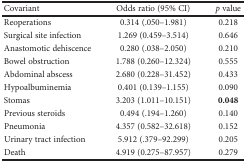
| Covariant | Odds ratio (95% CI) | p value |
 | --- | --- | --- |
 | Reoperations | 0.314 (.050–1.981) | 0.218 |
 | Surgical site infection | 1.269 (0.459–3.514) | 0.646 |
 | Anastomotic dehiscence | 0.280 (.038–2.050) | 0.210 |
 | Bowel obstruction | 1.788 (0.260–12.324) | 0.555 |
 | Abdominal abscess | 2.680 (0.228–31.452) | 0.433 |
 | Hypoalbuminemia | 0.401 (0.139–1.155) | 0.090 |
 | Stomas | 3.203 (1.011–10.151) | 0.048 |
 | Previous steroids | 0.494 (.194–1.260) | 0.140 |
 | Pneumonia | 4.357 (0.582–32.618) | 0.152 |
 | Urinary tract infection | 5.912 (.379–92.299) | 0.205 |
 | Death | 4.919 (0.275–87.957) | 0.279 |